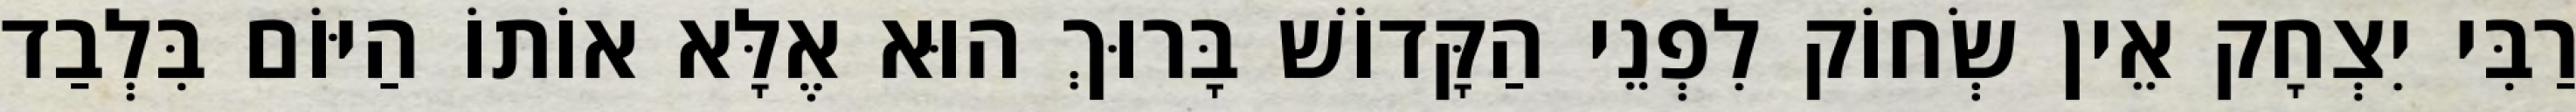
רַבִּי יִצְחָק אֵין שְׂחוֹק לִפְנֵי הַקָּדוֹשׁ בָּרוּךְ הוּא אֶלָּא אוֹתוֹ הַיּוֹם בִּלְבַד